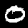
Digit: 0